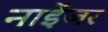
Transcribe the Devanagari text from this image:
नाईेजर